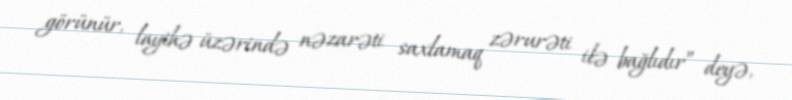
görünür, layihə üzərində nəzarəti saxlamaq zərurəti ilə bağlıdır” deyə,